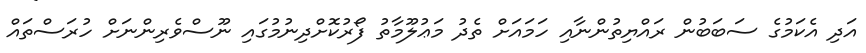
އަދި އެކަމުގެ ސަބަބުން ރައްޔިތުންނާއި ހަމައަށް ތެދު މަޢުލޫމާތު ފޯރުކޮށްދިނުމުގައި ނޫސްވެރިންނަށް ހުރަސްތައް